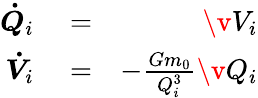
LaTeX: \begin{array}{rlr}{\boldsymbol{\dot{Q}}_{i}}&{{}=}&{\v V_{i}}\\ {\boldsymbol{\dot{V}}_{i}}&{{}=}&{-\frac{Gm_{0}}{Q_{i}^{3}}\v Q_{i}}\end{array}